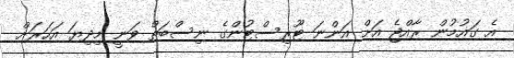
އެ ގައުމުން ރާއްޖެ އަށް އަންނަ ޓޫރިސްޓުންގެ ނިސްބަތް ވަނީ މިދިޔަ އަހަރަށް